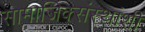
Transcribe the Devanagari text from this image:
सामाजिक्संस्थांशी